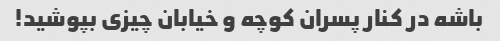
باشه در کنار پسران کوچه و خیابان چیزی بپوشید!